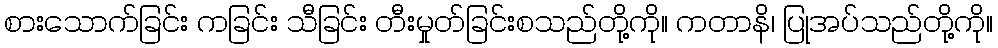
စားသောက်ခြင်း ကခြင်း သီခြင်း တီးမှုတ်ခြင်းစသည်တို့ကို။ ကတာနိ၊ ပြုအပ်သည်တို့ကို။